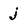
Character: j